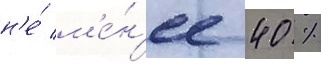
н'е́ м'е́н'ее 40 %